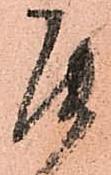
罷